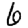
Digit: 6